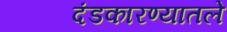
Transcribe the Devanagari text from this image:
दंडकारण्यातले